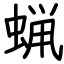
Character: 蝋